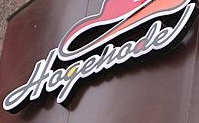
Hogehode